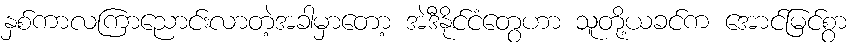
နှစ်ကာလကြာညောင်းလာတဲ့အခါမှာတော့ အဲဒီနိုင်ငံတွေဟာ သူတို့ယခင်က အောင်မြင်စွာ